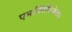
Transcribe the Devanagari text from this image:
एमप्लिफिकेशन